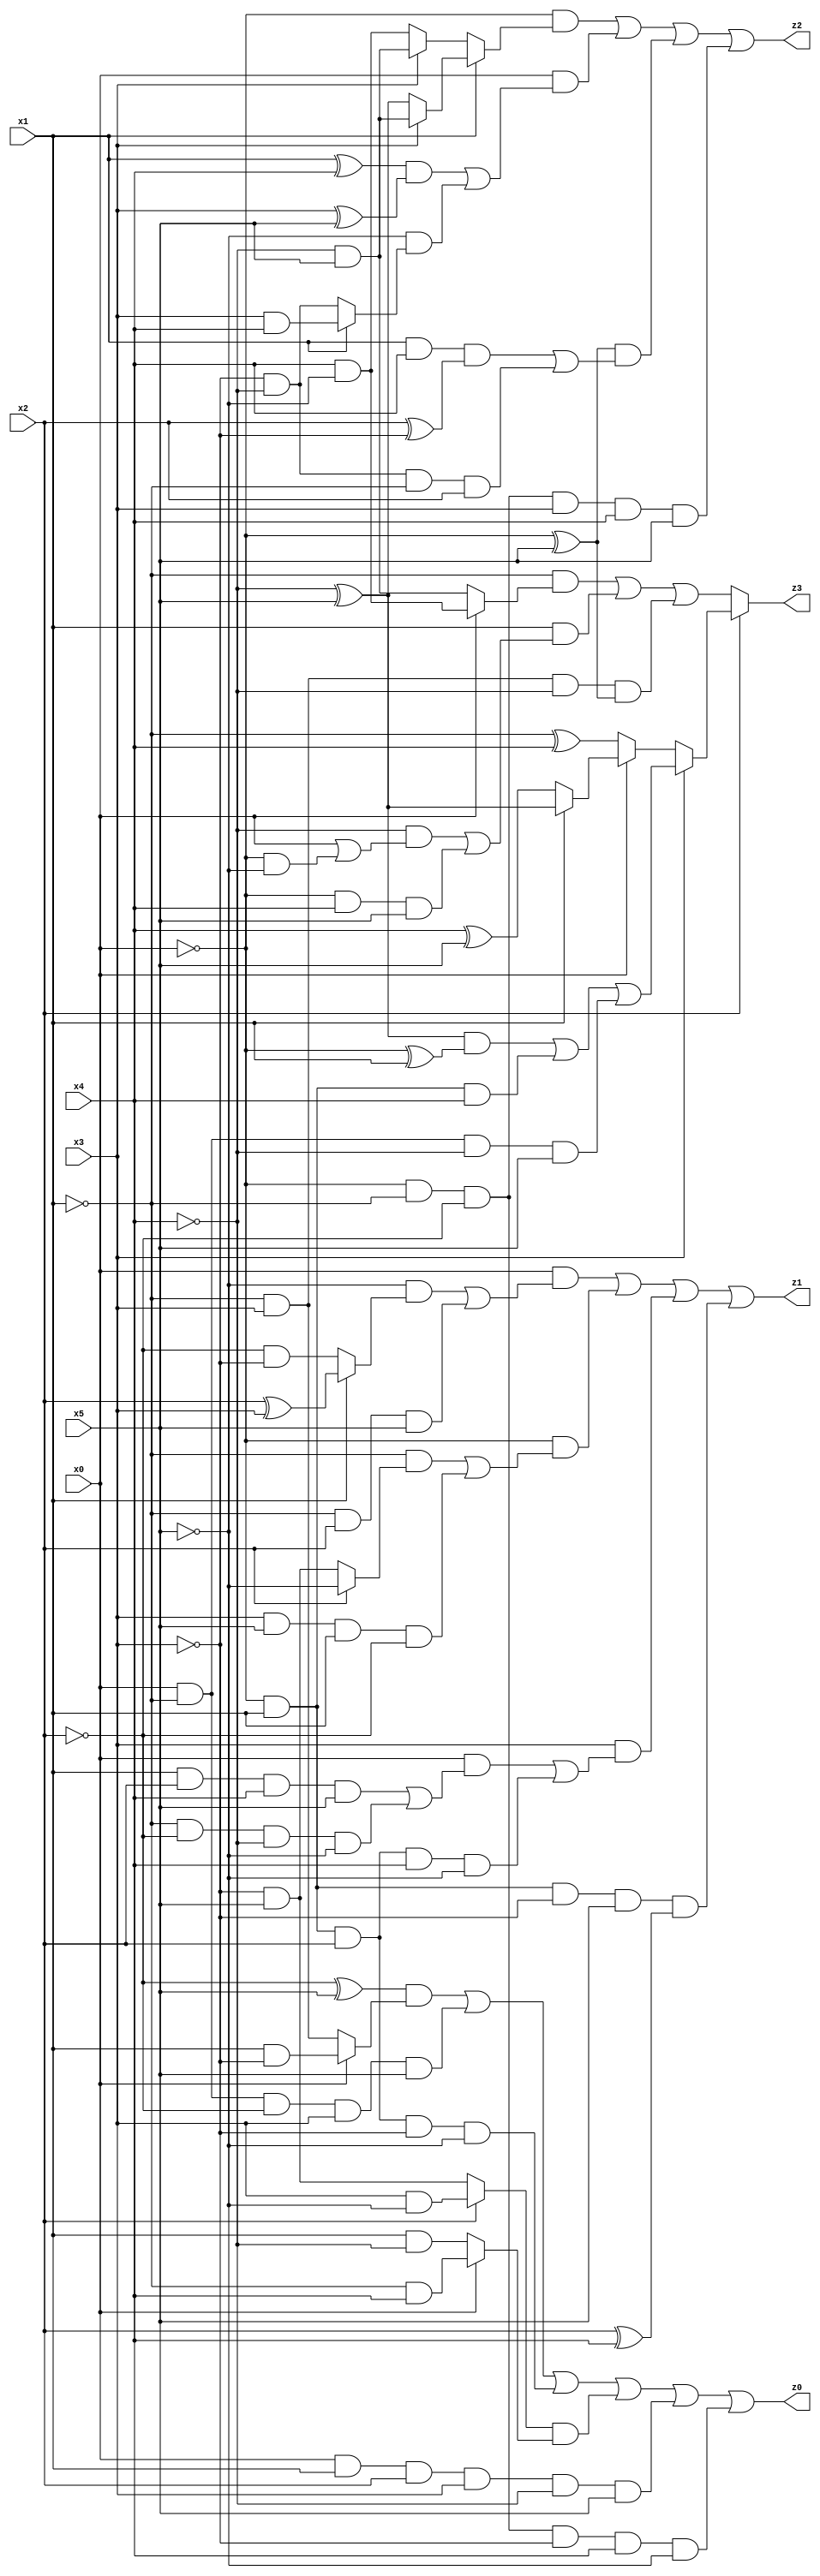
// Benchmark "q_6" written by ABC on Tue Jul 11 04:42:29 2023

module q_6 ( 
    x0, x1, x2, x3, x4, x5,
    z0, z1, z2, z3  );
  input  x0, x1, x2, x3, x4, x5;
  output z0, z1, z2, z3;
  assign z0 = ((~x2 ^ x5) & (x0 ? (x1 & ~x3) : (~x1 & x3))) | (x0 & ~x1 & ~x2 & x3 & x5) | (~x0 & x1 & x2 & ~x3 & ~x5) | ((x2 ? (x3 & ~x5) : (~x3 & x5)) & (x0 ? (~x1 & x4) : (x1 & ~x4))) | (x0 & x1 & x2 & x3 & ~x4 & x5) | (~x0 & ~x1 & ~x2 & ~x3 & x4 & ~x5);
  assign z1 = (x0 & ((~x5 & (x1 ? (x2 ^ x3) : (~x2 & ~x3))) | (~x1 & x2 & x5))) | (~x0 & ((~x1 & (x2 ? ~x5 : (~x3 & x5))) | (x3 & x5 & x1 & ~x2))) | (x3 & ((x0 & ((x1 & x2 & x4 & x5) | (~x1 & ~x2 & ~x4 & ~x5))) | (~x0 & x1 & x2 & x4 & ~x5))) | (~x0 & x1 & ~x3 & x5 & (x2 ^ x4));
  assign z2 = (~x0 & (x1 ? (x3 ? (~x4 & x5) : (~x4 ^ x5)) : (x3 ? (~x4 & x5) : (x4 & ~x5)))) | (x0 & (((x1 ^ x4) & (x3 ^ x5)) | (~x5 & (x1 ? (x3 & x4) : (~x3 & ~x4))))) | ((~x0 ^ x5) & ((x1 & x4 & (x2 ^ ~x3)) | (~x3 & ~x4 & ~x1 & x2))) | (~x0 & ~x1 & ~x2 & x3 & x4 & x5);
  assign z3 = x2 ? (x3 ? (((~x4 ^ x5) & (~x0 ^ x1)) | (~x0 & x1 & x4) | (x0 & ~x1 & ~x4 & x5)) : (x0 ? (x1 ? (~x4 ^ x5) : (x4 ^ x5)) : (~x1 ^ x4))) : ((~x1 & (x0 ? (x4 & ~x5) : (~x4 & x5))) | (x1 & ((~x4 & (x0 | (~x0 & ~x5))) | (~x0 & x4 & x5))) | (~x1 & x3 & ~x4 & (~x0 ^ x5)));
endmodule